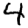
Digit: 4